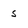
Character: s